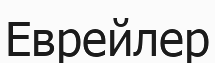
Еврейлер